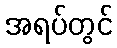
အရပ်တွင်